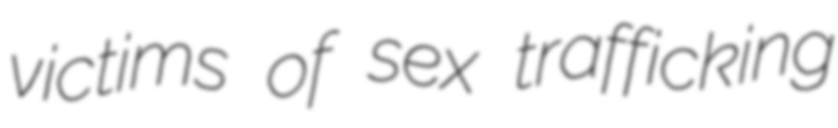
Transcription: victims of sex trafficking